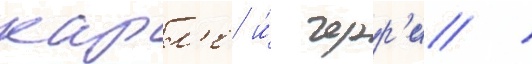
карл'е и́ черр'и /